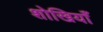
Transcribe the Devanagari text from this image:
शोखियाँ